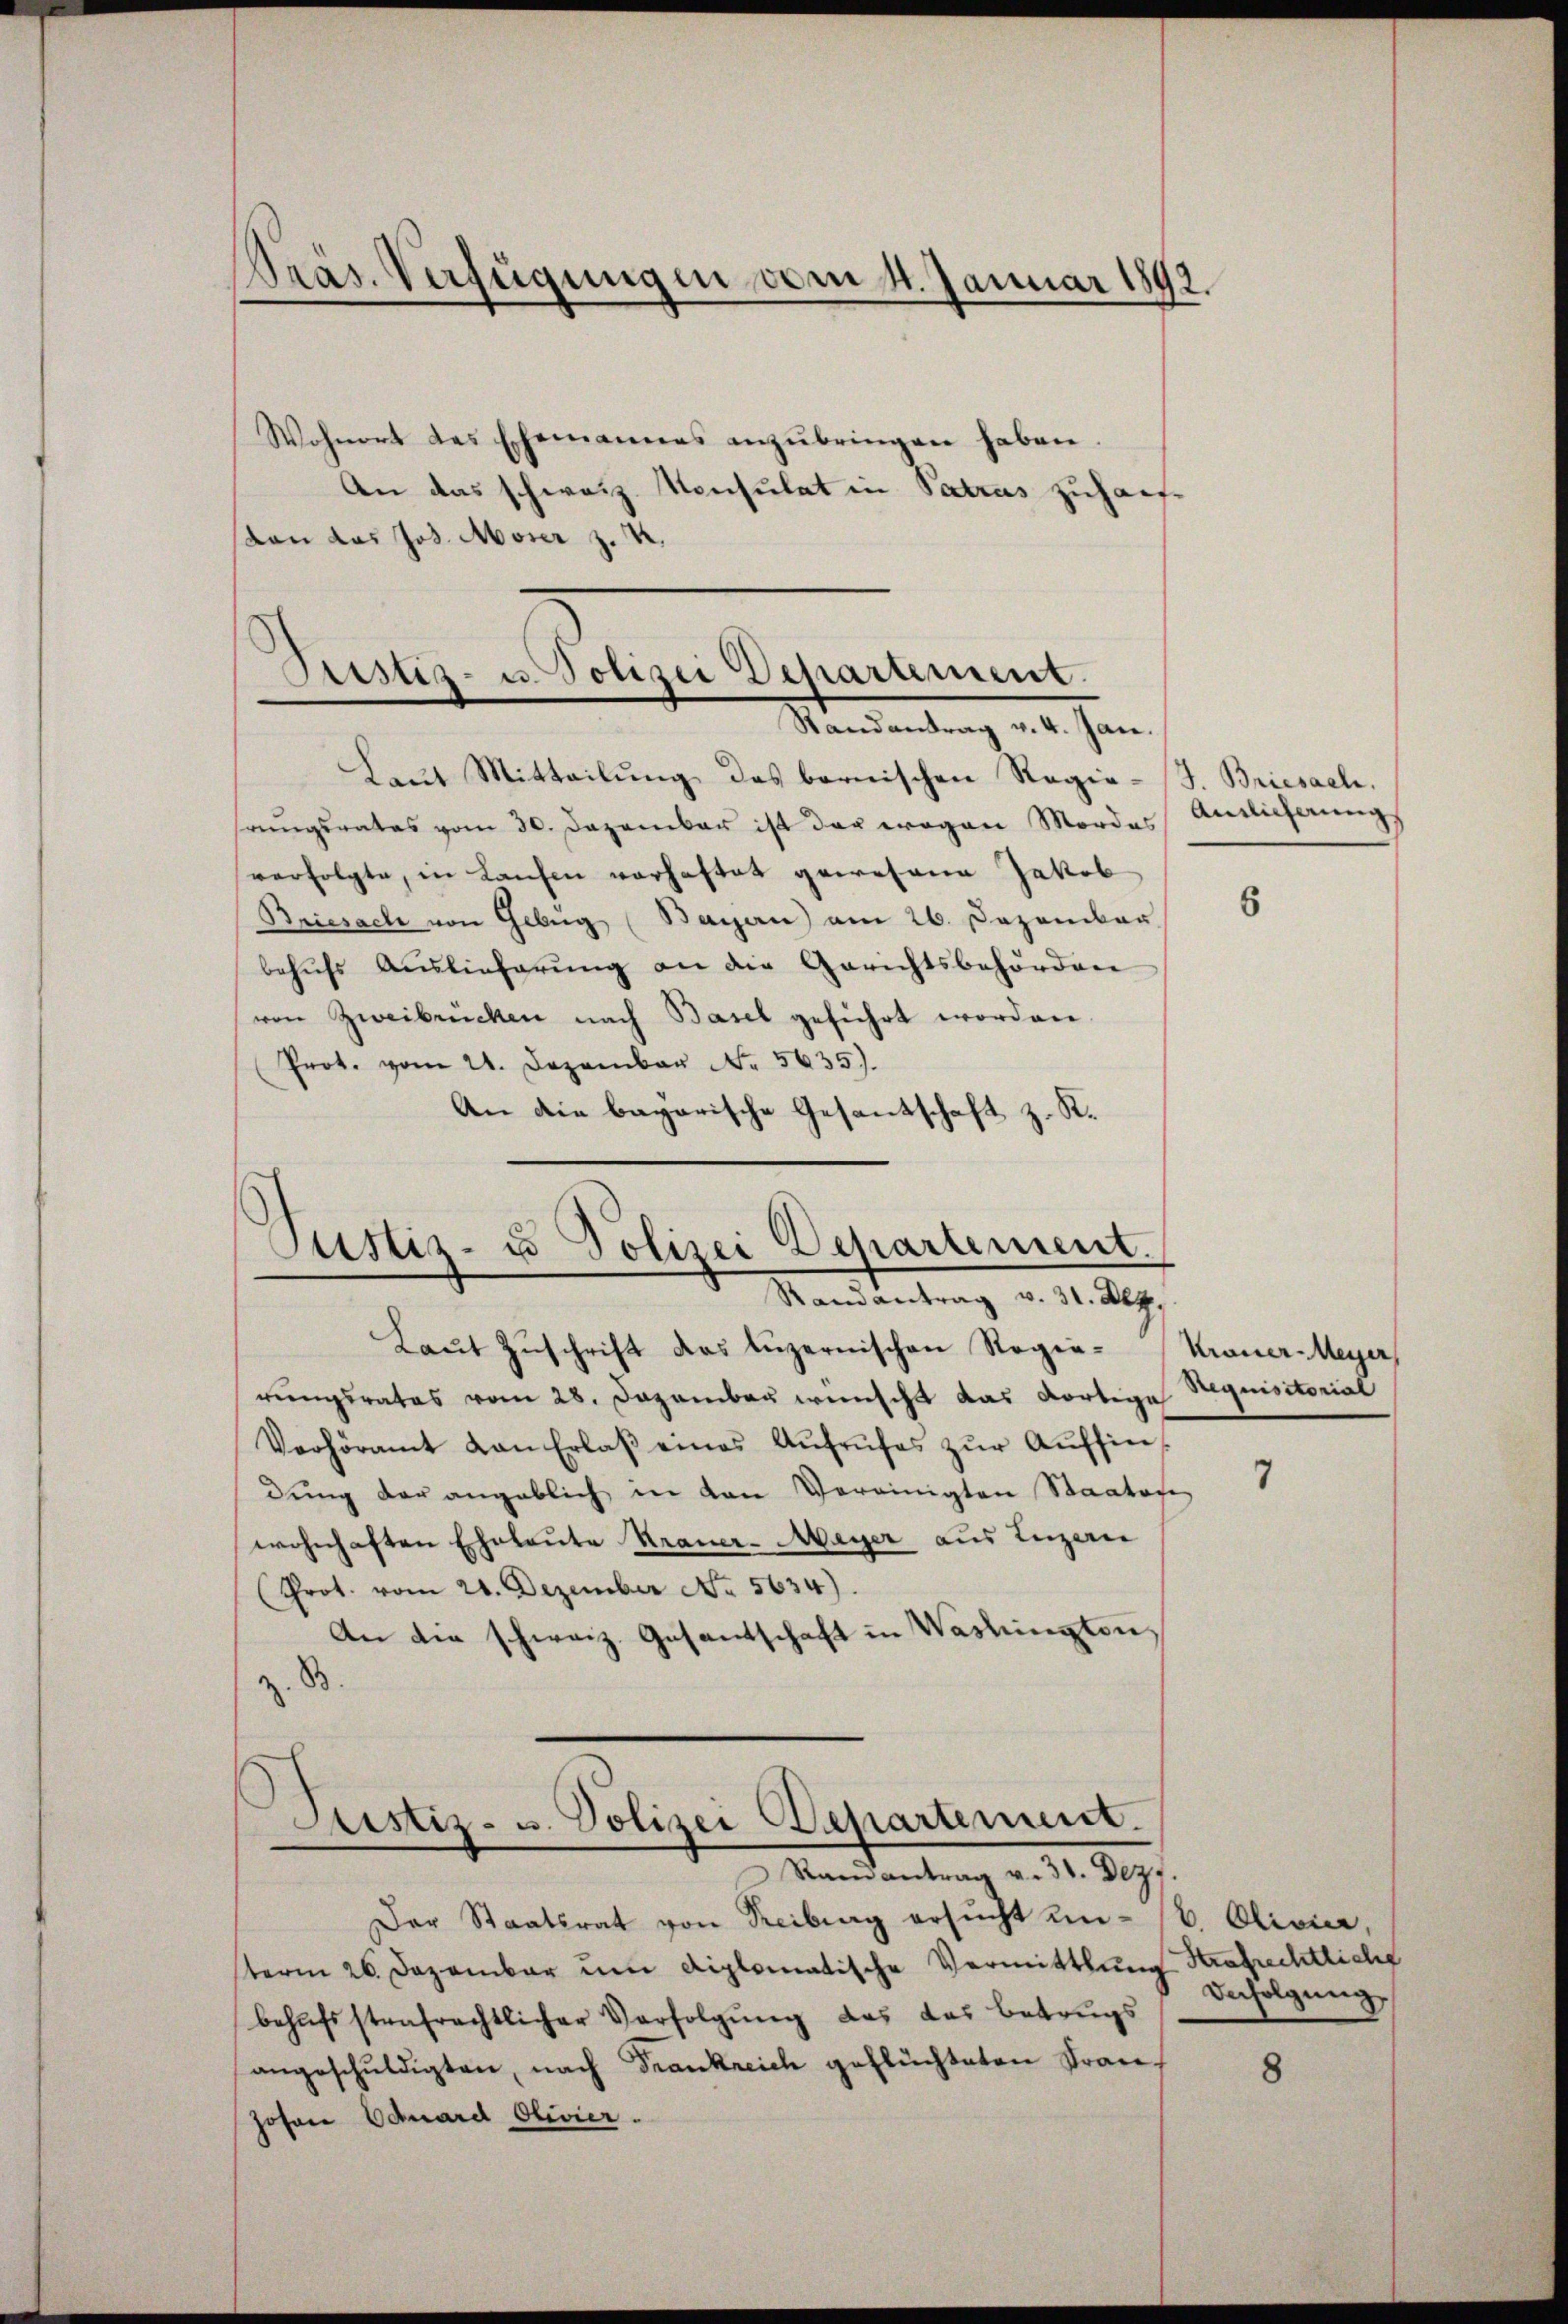
Präs. Verfügungen vom 4. Januar 1892.

Wohnort des Ehemannes anzŭbringen haben
An das schweiz. Konsulat in Patrus zuhauvon das Jos. Moser z. B.

Justiz- u. Polizei Departement.
Randantrag v. 4. Jan.

Laut Mitteilung des bernischen Regie-J. Briesach.
hrungsrates vom 30. Dezember ist der wegen Mordes Antlicherungs
verfolgte, in Kaufen vorhaftet gewesene Jakob
Briesache von Gebŭg (Bayern) am 26. Dezember
behŭfs Auslieferŭng an die Gerichtsbehörden
von Zweibrücken nach Basel geführt worden.
Prot. vom 21. Dezember No. 5635).
An die bayerische Gesantschaft z. R.

Justiz- u Polizei Departement.
Randantrag v. 31. Dez.

Laut Zuschrift das Luzernischen Regierŭngsrates vom 28. Dezember wünscht das dortige
Verhöramt von Erlaβ eines Aŭfrŭfes zŭr Aŭfsin
dung der angeblich in den Vereinigten Staatafe
wohnhaften Eheleute Krauer-Meyer aus Luzern
(Prot. vom 28. Dezember No. 5634).
An die schweiz. Gesandschaft in Washingten,
Astiz- u. Polizei Repartement.
Ramantrag v. 31. Dez.
Der Staatsrat von Freibung ersŭcht un- (E. Olivier,
sterm 26. Dezember um diplomatische Vermittlung Strafrechtliche
behŭfsstrafrechtlicher Verfolgung das das Betrugs
angeschŭldigten, nach Frankreich geflüchteten Fran¬
Johann Eduard Olivier.

6

Krauer-Meyer,
Requisitorial

7

Infolgung

8